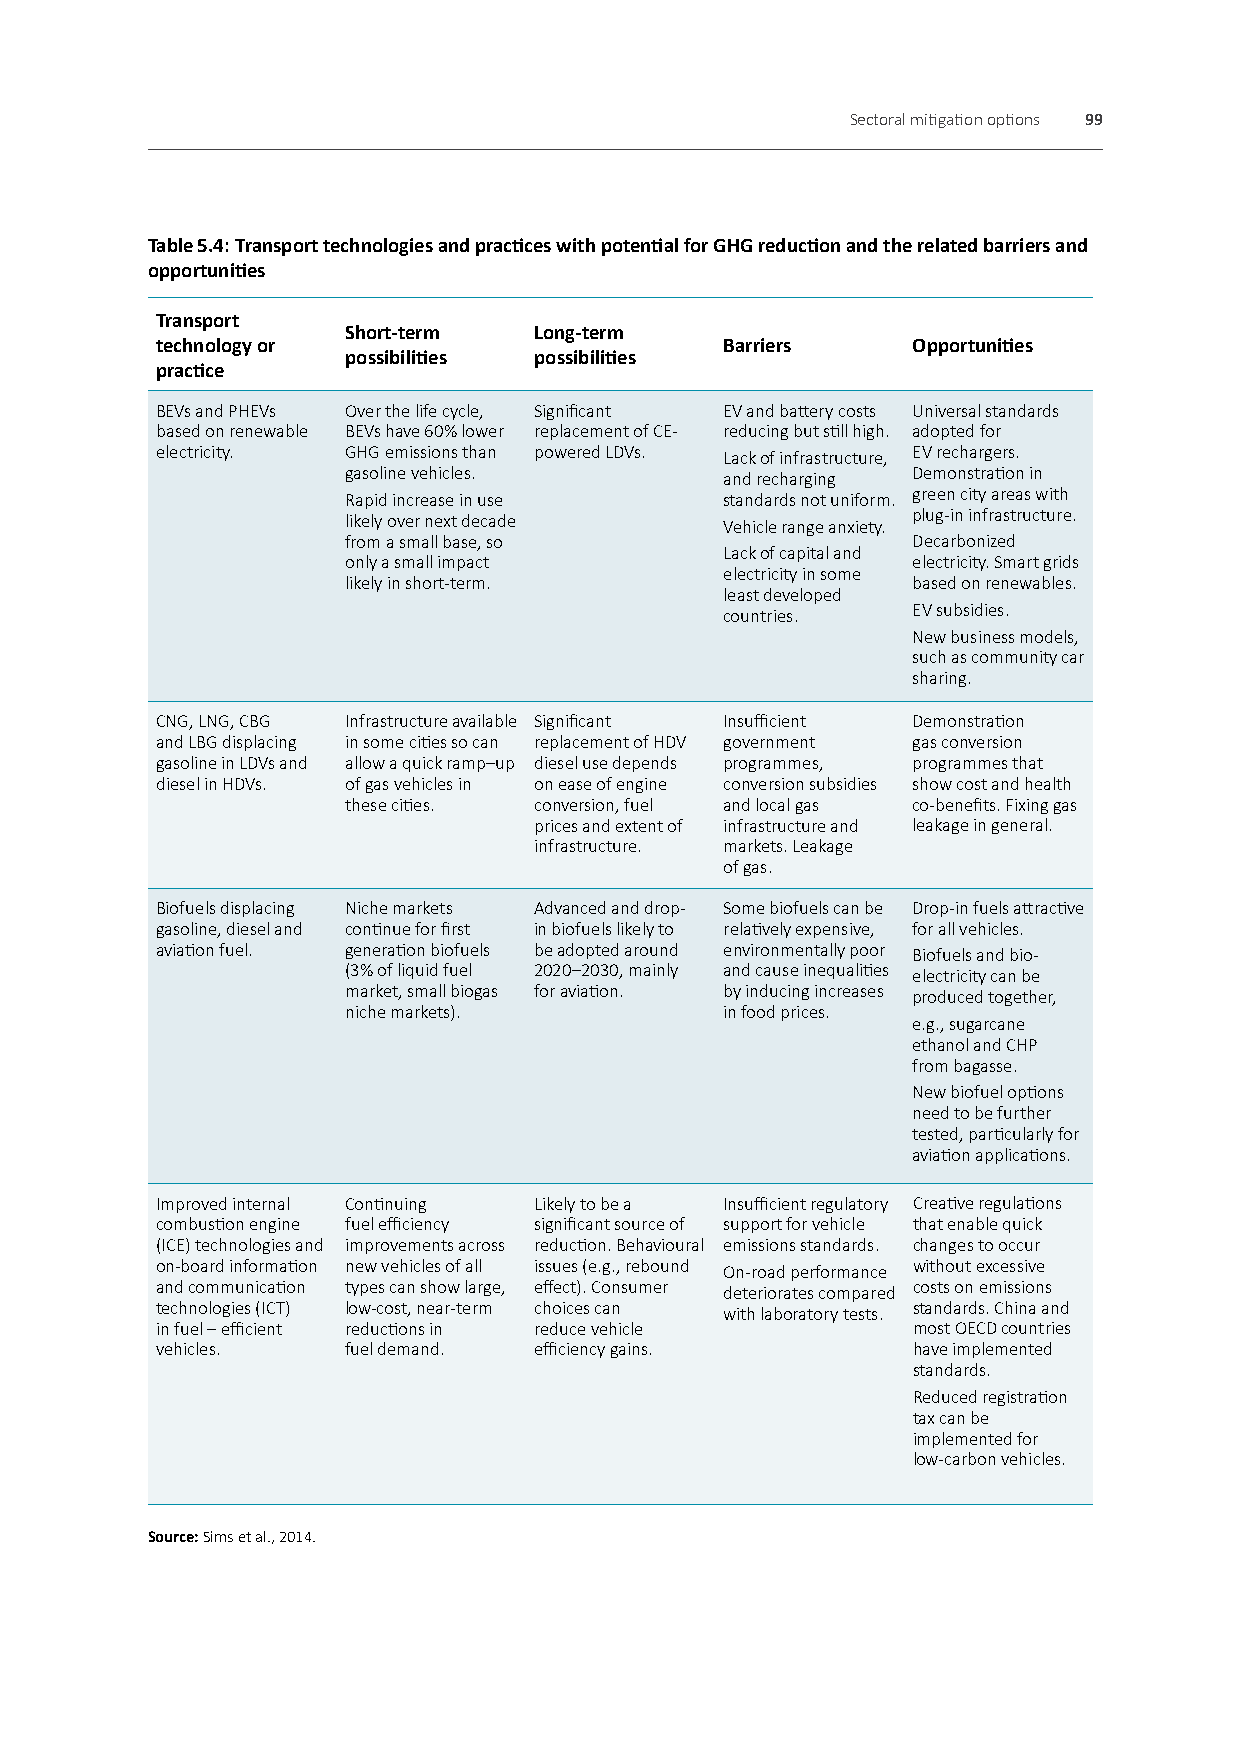
Sectoral mitigation options 99
 Table 5.4: Transport technologies and practices with potential for GHG reduction and the related barriers and
 opportunities
 Transport
 Short-term  Long-term
 technology or                         Barriers    Opportunities
 possibilities possibilities
 practice
 BEVs and PHEVs Over the life cycle, Significant EV and battery costs Universal standards
 based on renewable BEVs have 60% lower replacement of CE- reducing but still high. adopted for
 electricity. GHG emissions than powered LDVs. Lack of infrastructure, EV rechargers.
 gasoline vehicles.       and recharging Demonstration in
 Rapid increase in use    standards not uniform. green city areas with
 likely over next decade  Vehicle range anxiety. plug-in infrastructure.
 from a small base, so                Decarbonized
 Lack of capital and
 only a small impact                  electricity. Smart grids
 electricity in some
 likely in short-term.                based on renewables.
 least developed
 countries.  EV subsidies.
 New business models,
 such as community car
 sharing.
 CNG, LNG, CBG Infrastructure available Significant Insufficient Demonstration
 and LBG displacing in some cities so can replacement of HDV government gas conversion
 gasoline in LDVs and allow a quick ramp–up diesel use depends programmes, programmes that
 diesel in HDVs. of gas vehicles in on ease of engine conversion subsidies show cost and health
 these cities. conversion, fuel and local gas co-benefits. Fixing gas
 prices and extent of infrastructure and leakage in general.
 infrastructure. markets. Leakage
 of gas.
 Biofuels displacing Niche markets Advanced and drop- Some biofuels can be Drop-in fuels attractive
 gasoline, diesel and continue for first in biofuels likely to relatively expensive, for all vehicles.
 aviation fuel. generation biofuels be adopted around environmentally poor Biofuels and bio-
 (3% of liquid fuel 2020–2030, mainly and cause inequalities electricity can be
 market, small biogas for aviation. by inducing increases produced together,
 niche markets).          in food prices.
 e.g., sugarcane
 ethanol and CHP
 from bagasse.
 New biofuel options
 need to be further
 tested, particularly for
 aviation applications.
 Improved internal Continuing Likely to be a Insufficient regulatory Creative regulations
 combustion engine fuel efficiency significant source of support for vehicle that enable quick
 (ICE) technologies and improvements across reduction. Behavioural emissions standards. changes to occur
 on-board information new vehicles of all issues (e.g., rebound On-road performance without excessive
 and communication types can show large, effect). Consumer deteriorates compared costs on emissions
 technologies (ICT) low-cost, near-term choices can with laboratory tests. standards. China and
 in fuel – efficient reductions in reduce vehicle  most OECD countries
 vehicles.    fuel demand. efficiency gains.       have implemented
 standards.
 Reduced registration
 tax can be
 implemented for
 low-carbon vehicles.
 Source: Sims et al., 2014.